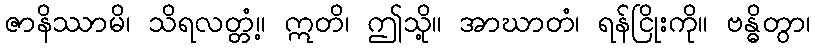
ဇာနိဿာမိ၊ သိရလတ္တံ့။ ဣတိ၊ ဤသို့။ အာဃာတံ၊ ရန်ငြိုးကို။ ဗန္ဓိတွာ၊